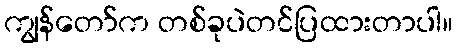
ကျွန်တော်က တစ်ခုပဲတင်ပြထားတာပါ။